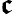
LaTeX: \boldsymbol{\mathfrak{c}}